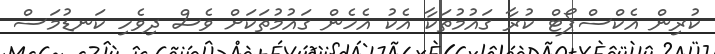
ކުރިން އެކްސްޕޯޓް ކުރާ ގައުމުތަކާ އެކު އެހެން ގައުމުތަކަށް ވެސް ދިވެހި ކަނޑުމަސް